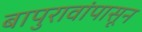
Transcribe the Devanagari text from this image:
बापुरावांपासून